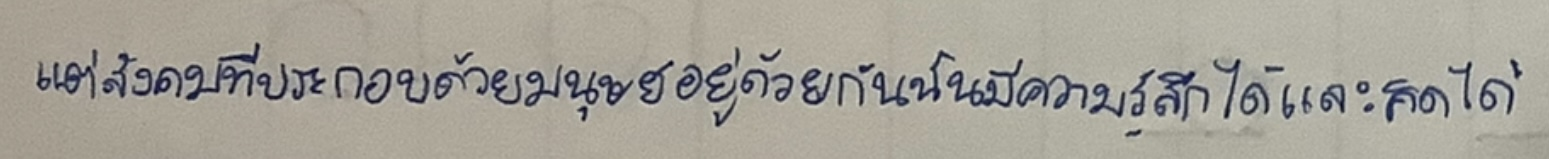
แต่สังคมที่ประกอบด้วยมนุษย์อยู่ด้วยกันนั้นมีความรู้สึกได้และคิดได้